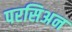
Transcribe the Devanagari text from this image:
परसिअन